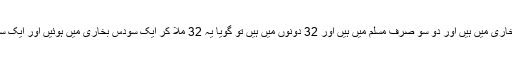
جن سے 78 صرف بخاری میں ہیں اور دو سو صرف مسلم میں ہیں اور 32 دونوں میں ہیں تو گویا یہ 32 ملا کر ایک سودس بخاری میں ہوئیں اور ایک سو 32 مسلم میں ہوئیں۔